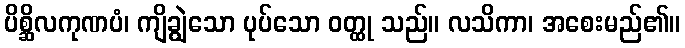
ပိစ္ဆိလကုဏပံ၊ ကျိချွဲသော ပုပ်သော ဝတ္ထု သည်။ လသိကာ၊ အစေးမည်၏။